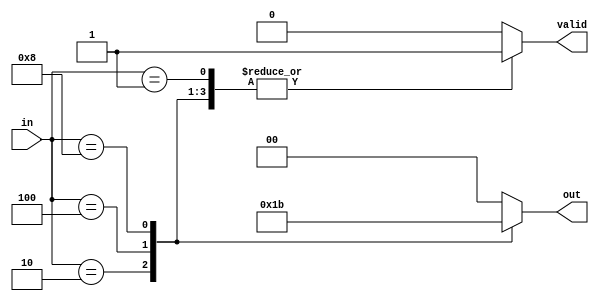
module relative_encoder (
    input wire [3:0] in,      // 4 one-hot encoded input lines
    output reg [1:0] out,     // 2-bit binary output
    output reg valid          // Indicates if a valid input is active
);

    always @(*) begin
        // Default output values
        out = 2'b00;
        valid = 1'b0;

        // Priority encoding logic
        case (in)
            4'b0001: begin
                out = 2'b00; // Input 0 active
                valid = 1'b1;
            end
            4'b0010: begin
                out = 2'b01; // Input 1 active
                valid = 1'b1;
            end
            4'b0100: begin
                out = 2'b10; // Input 2 active
                valid = 1'b1;
            end
            4'b1000: begin
                out = 2'b11; // Input 3 active
                valid = 1'b1;
            end
            default: begin
                out = 2'b00; // No valid input
                valid = 1'b0; // No valid input
            end
        endcase
    end

endmodule